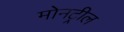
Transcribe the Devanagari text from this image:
मोनट्रील